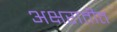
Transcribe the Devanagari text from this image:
अक्षरातीत